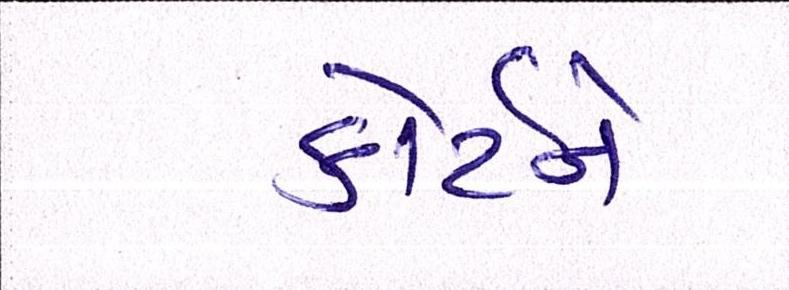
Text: કોર્ટને